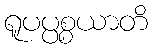
ရူပပ္ပစ္စယာတိ